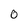
Character: 0